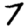
Digit: 7